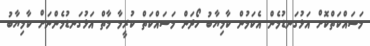
މަސައްކަތްކޮށް އަޅުގަނޑުމެން އެކަމުން ކާމިޔާބު ހޯދަން މަސައްކަތް ކުރީމާ މާތް އަޅުގަނޑުމެންނަށް ކާމިޔާބު